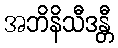
အဘိနိသီဒန္တီ